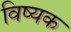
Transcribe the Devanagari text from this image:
विष्यक